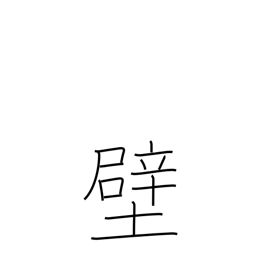
Meaning: lining (stomach)